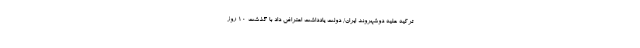
تركيه عليه دوشهروند ايران/ دولت یادداشت اعتراض داد با گذشت 10 روز